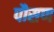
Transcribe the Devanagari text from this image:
पौसण